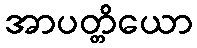
အာပတ္တိယော